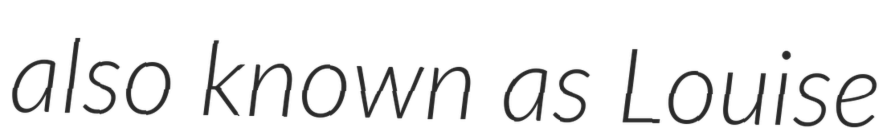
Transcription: also known as Louise